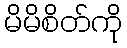
မိမိစိတ်ကို